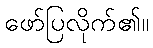
ဖော်ပြလိုက်၏။